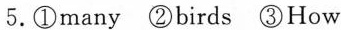
5.①many ②birds ③How